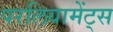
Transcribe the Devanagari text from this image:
परलियामेंट्स